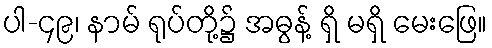
ပါ-၄၉၊ နာမ် ရုပ်တို့၌ အဓွန့် ရှိ မရှိ မေးဖြေ။